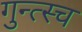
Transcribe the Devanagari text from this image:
गुन्त्स्च